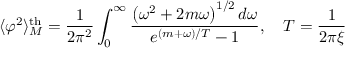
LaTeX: \langle \varphi ^ { 2 } \rangle _ { M } ^ { \mathrm { t h } } = \frac { 1 } { 2 \pi ^ { 2 } } \int _ { 0 } ^ { \infty } \frac { \left( \omega ^ { 2 } + 2 m \omega \right) ^ { 1 / 2 } d \omega } { e ^ { ( m + \omega ) / T } - 1 } , \quad T = \frac { 1 } { 2 \pi \xi }